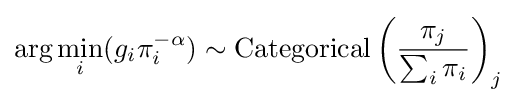
\arg \min _{i}(g_{i}\pi _{i}^{-\alpha })\sim {\text{Categorical}}\left({\frac {\pi _{j}}{\sum _{i}\pi _{i}}}\right)_{j}